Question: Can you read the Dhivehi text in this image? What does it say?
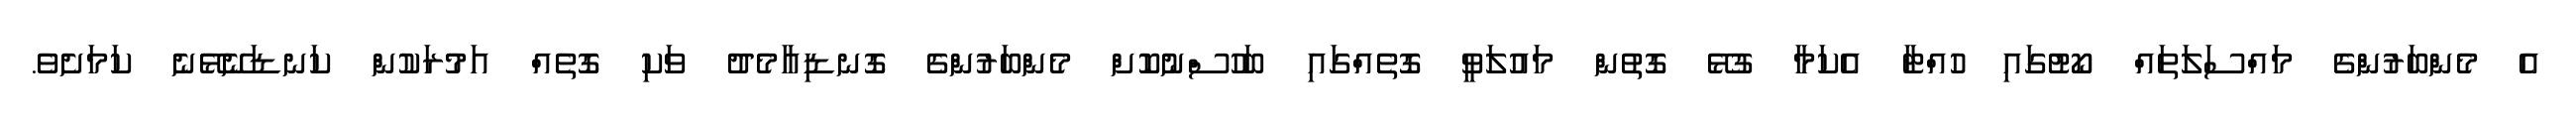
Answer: އެ މެންބަރުންގެ މައްސަލަތައް ކޯޓުގައި ހުއްޓާ އެކަމާ ގުޅޭ ގޮތުން މައުލަވީ ގޮތެއްގައި ބަހުސްނުކޮށް މެންބަރުންގެ ގޮނޑިއާމެދު ވަކި ގޮތެއް އަމުރަކުން ކަނޑަނޭޅޭނެ ކަމަށެވެ.